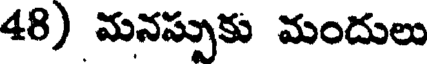
48) మనస్సుకు మందులు